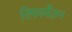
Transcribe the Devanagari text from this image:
रिफार्मेशन